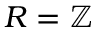
R = \mathbb { Z }